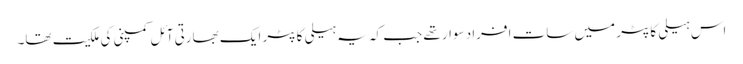
اس ہیلی کاپٹر میں سات افراد سوار تھے جب کہ یہ ہیلی کاپٹر ایک بھارتی آئل کمپنی کی ملکیت تھا۔